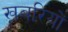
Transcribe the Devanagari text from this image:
खबरियों